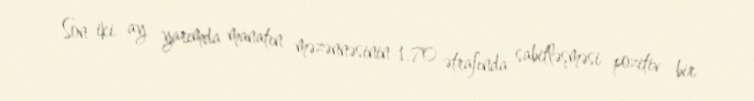
Son iki ay yarımda manatın məzənnəsinin 1.70 ətrafında sabitləşməsi pozitiv bir